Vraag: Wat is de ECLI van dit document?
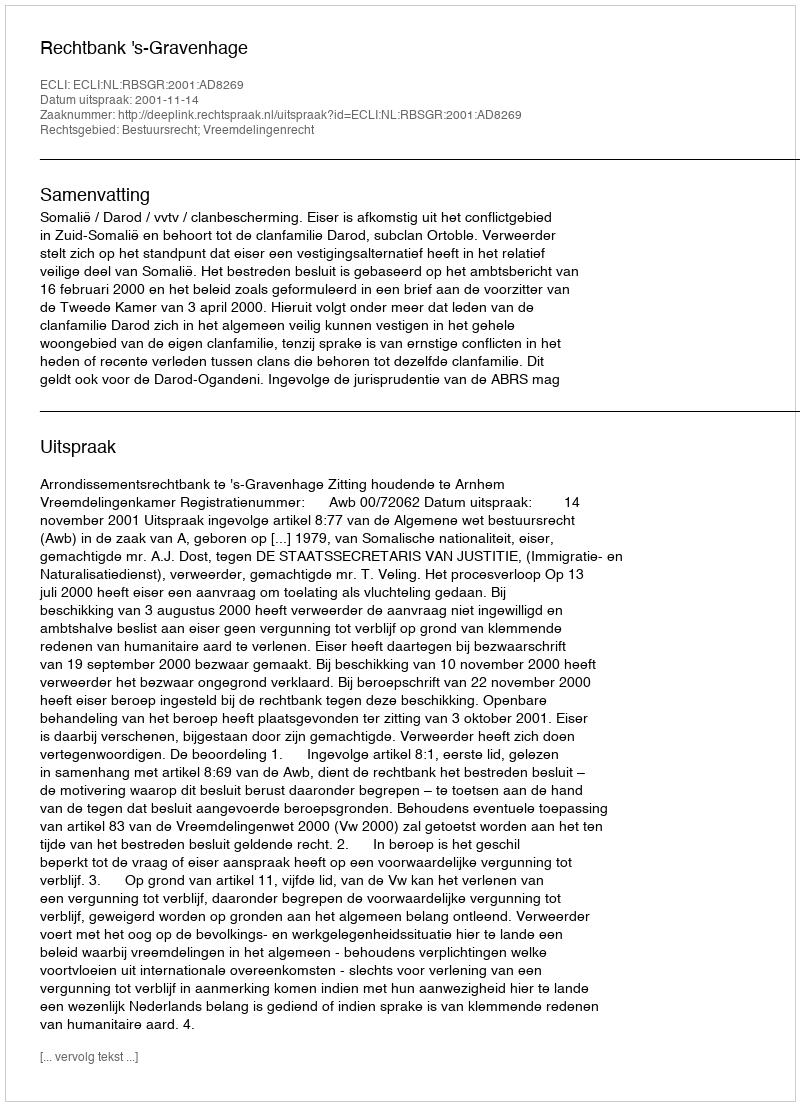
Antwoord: ECLI:NL:RBSGR:2001:AD8269